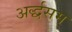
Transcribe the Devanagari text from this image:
अर्द्धसम